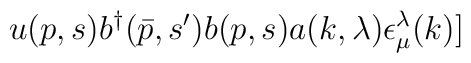
u(p,s)b^\dagger(\bar{p},s^\prime)b(p,s)a(k,\lambda)\epsilon ^{\lambda}_{\mu}(k)]